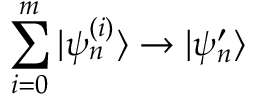
\sum _ { i = 0 } ^ { m } | \psi _ { n } ^ { ( i ) } \rangle \rightarrow | \psi _ { n } ^ { \prime } \rangle